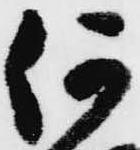
何